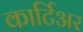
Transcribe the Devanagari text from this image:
कार्टिअर